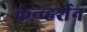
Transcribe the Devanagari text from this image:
कन्व्हर्शन